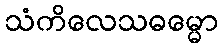
သံကိလေသဓမ္မော